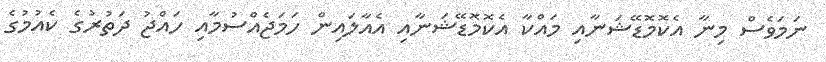
ނަމަވެސް މިނާ އެކޮމޮޑޭޝަނާއި މައްކާ އެކޮމޮޑޭޝަނާއި އެއާލައިން ހަމަޖެއްސުމާއި ހައްޖު ދަތުރުގެ ކެއުމުގެ